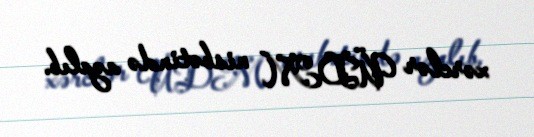
xərclər ÜDM nisbətində azalıb.